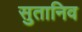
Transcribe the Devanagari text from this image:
सुतानिव